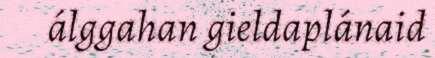
álggahan gieldaplánaid